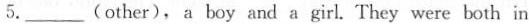
5.___(other), a boy and a girl. They were both in